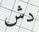
دش